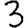
Digit: 3